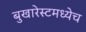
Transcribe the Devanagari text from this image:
बुखारेस्टमध्येच